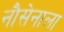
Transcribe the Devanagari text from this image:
नौसेनाला